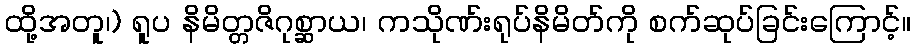
ထို့အတူ၊) ရူပ နိမိတ္တဇိဂုစ္ဆာယ၊ ကသိုဏ်းရုပ်နိမိတ်ကို စက်ဆုပ်ခြင်းကြောင့်။